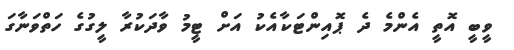
ވީބީ އޮތީ އެންމެ ދެ ޕޮއިންޓަކާއެކު އަށް ޓީމު ވާދަކުރާ ލީގުގެ ހަތްވަނާގަ